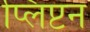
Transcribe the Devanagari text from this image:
प्लिंप्टन